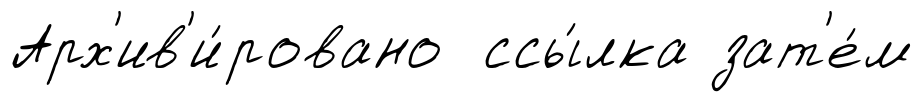
Арх'ив'и́ровано ссы́лка зат'е́м